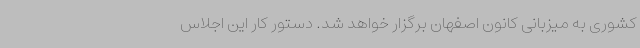
کشوری به میزبانی کانون اصفهان برگزار خواهد شد. دستور کار این اجلاس